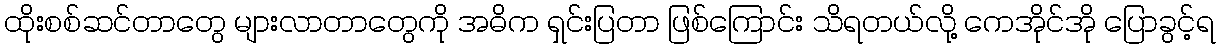
ထိုးစစ်ဆင်တာတွေ များလာတာတွေကို အဓိက ရှင်းပြတာ ဖြစ်ကြောင်း သိရတယ်လို့ ကေအိုင်အို ပြောခွင့်ရ